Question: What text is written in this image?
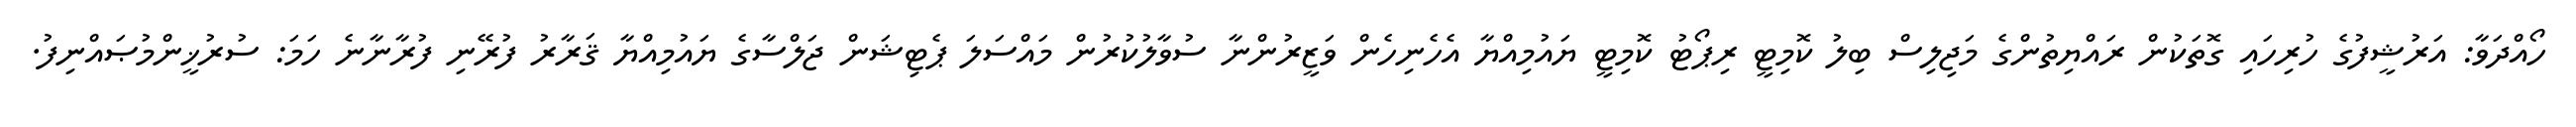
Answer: ހޯއްދަވާ: އަރުޝީފުގެ ހުރިހައި ގޮތަކުން ރައްޔިތުންގެ މަޖިލިސް ބިލު ކޮމިޓީ ރިޕޯޓު ކޮމިޓީ ޔައުމިއްޔާ އެހެނިހެން ވަޒީރުންނާ ސުވާލުކުރުން މައްސަލަ ޕެޓިޝަން ޖަލްސާގެ ޔައުމިއްޔާ ޤަރާރު ފުރޭނި ފުރާނާނެ ހަމަ: ސުރުޚީންމުޞައްނިފު.